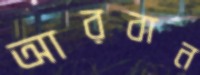
আরবান